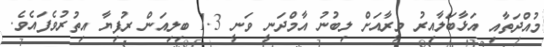
މުއްދަތާއި އަޅާބަލާއިރު މީރާއަށް ލިބުނު އާމްދަނީ ވަނީ 1.3 ބިލިއަން ރުފިޔާ އިތުރުވެފައެވެ.